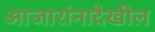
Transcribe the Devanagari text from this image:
आजारांनादेखील